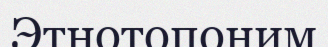
Этнотопоним